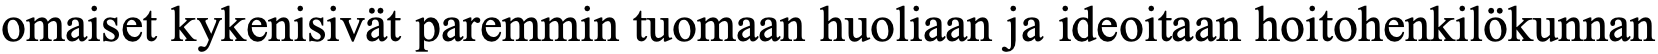
omaiset kykenisivät paremmin tuomaan huoliaan ja ideoitaan hoitohenkilökunnan